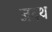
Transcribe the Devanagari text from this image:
जदथ